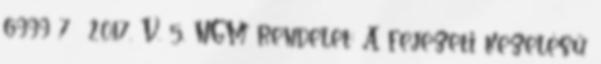
6999 7 2017. V. 5. NGM rendelet: A fejezeti kezelésű